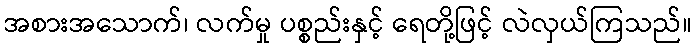
အစားအသောက်၊ လက်မှု ပစ္စည်းနှင့် ရေတို့ဖြင့် လဲလှယ်ကြသည်။